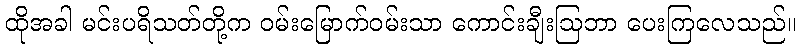
ထိုအခါ မင်းပရိသတ်တို့က ဝမ်းမြောက်ဝမ်းသာ ကောင်းချီးဩဘာ ပေးကြလေသည်။